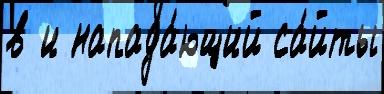
в и напада́ющий са́йты